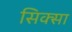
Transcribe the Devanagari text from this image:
सिक्सा